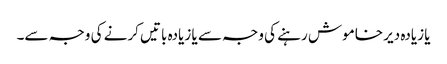
یا زیادہ دیر خاموش رہنے کی وجہ سے یا زیادہ باتیں کرنے کی وجہ سے۔